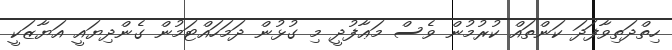
ހިތްދަތިވާފަދަ ކަންތައް ކުރުމުން ވެސް މަޢާފުދީ މި ގުޅުން ދަމަހައްޓަމުން ގެންދިޔައީ އަޔާޒަކީ